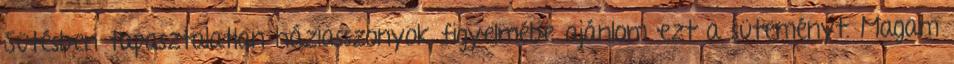
Sütésben tapasztalatlan háziasszonyok figyelmébe ajánlom ezt a süteményt. Magam